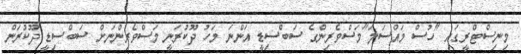
މިނިސްޓްރީގައި "ހުސް މައްސަލަ"މަސްވެރިންގެ ސަބްސިޑީ އަންނަ މަހު ދޫކުރަނީ މަސްވެރިންނަށް ސަބްސިޑީ ދޫކުރަން